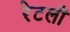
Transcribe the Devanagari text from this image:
रेटली